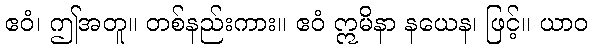
ဧဝံ၊ ဤအတူ။ တစ်နည်းကား။ ဧဝံ ဣမိနာ နယေန၊ ဖြင့်။ ယာဝ